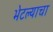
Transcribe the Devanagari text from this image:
भेटल्याचा